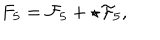
LaTeX: F _ { 5 } = { \cal F } _ { 5 } + \star { \cal F } _ { 5 } ,